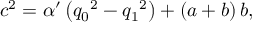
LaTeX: { c ^ { 2 } } = { \alpha ^ { \prime } } \left( { q _ { 0 } } ^ { 2 } - { q _ { 1 } } ^ { 2 } \right) + \left( a + b \right) b ,